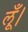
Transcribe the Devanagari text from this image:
लूँ।